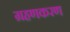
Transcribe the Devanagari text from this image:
ग्रहणकरण